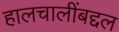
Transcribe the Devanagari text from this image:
हालचालींबद्दल